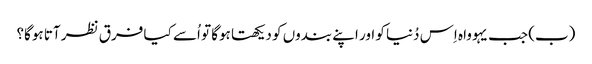
‏ (‏ب)‏ جب یہوواہ اِس دُنیا کو اور اپنے بندوں کو دیکھتا ہوگا تو اُسے کیا فرق نظر آتا ہوگا؟